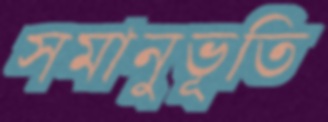
সমানুভূতি